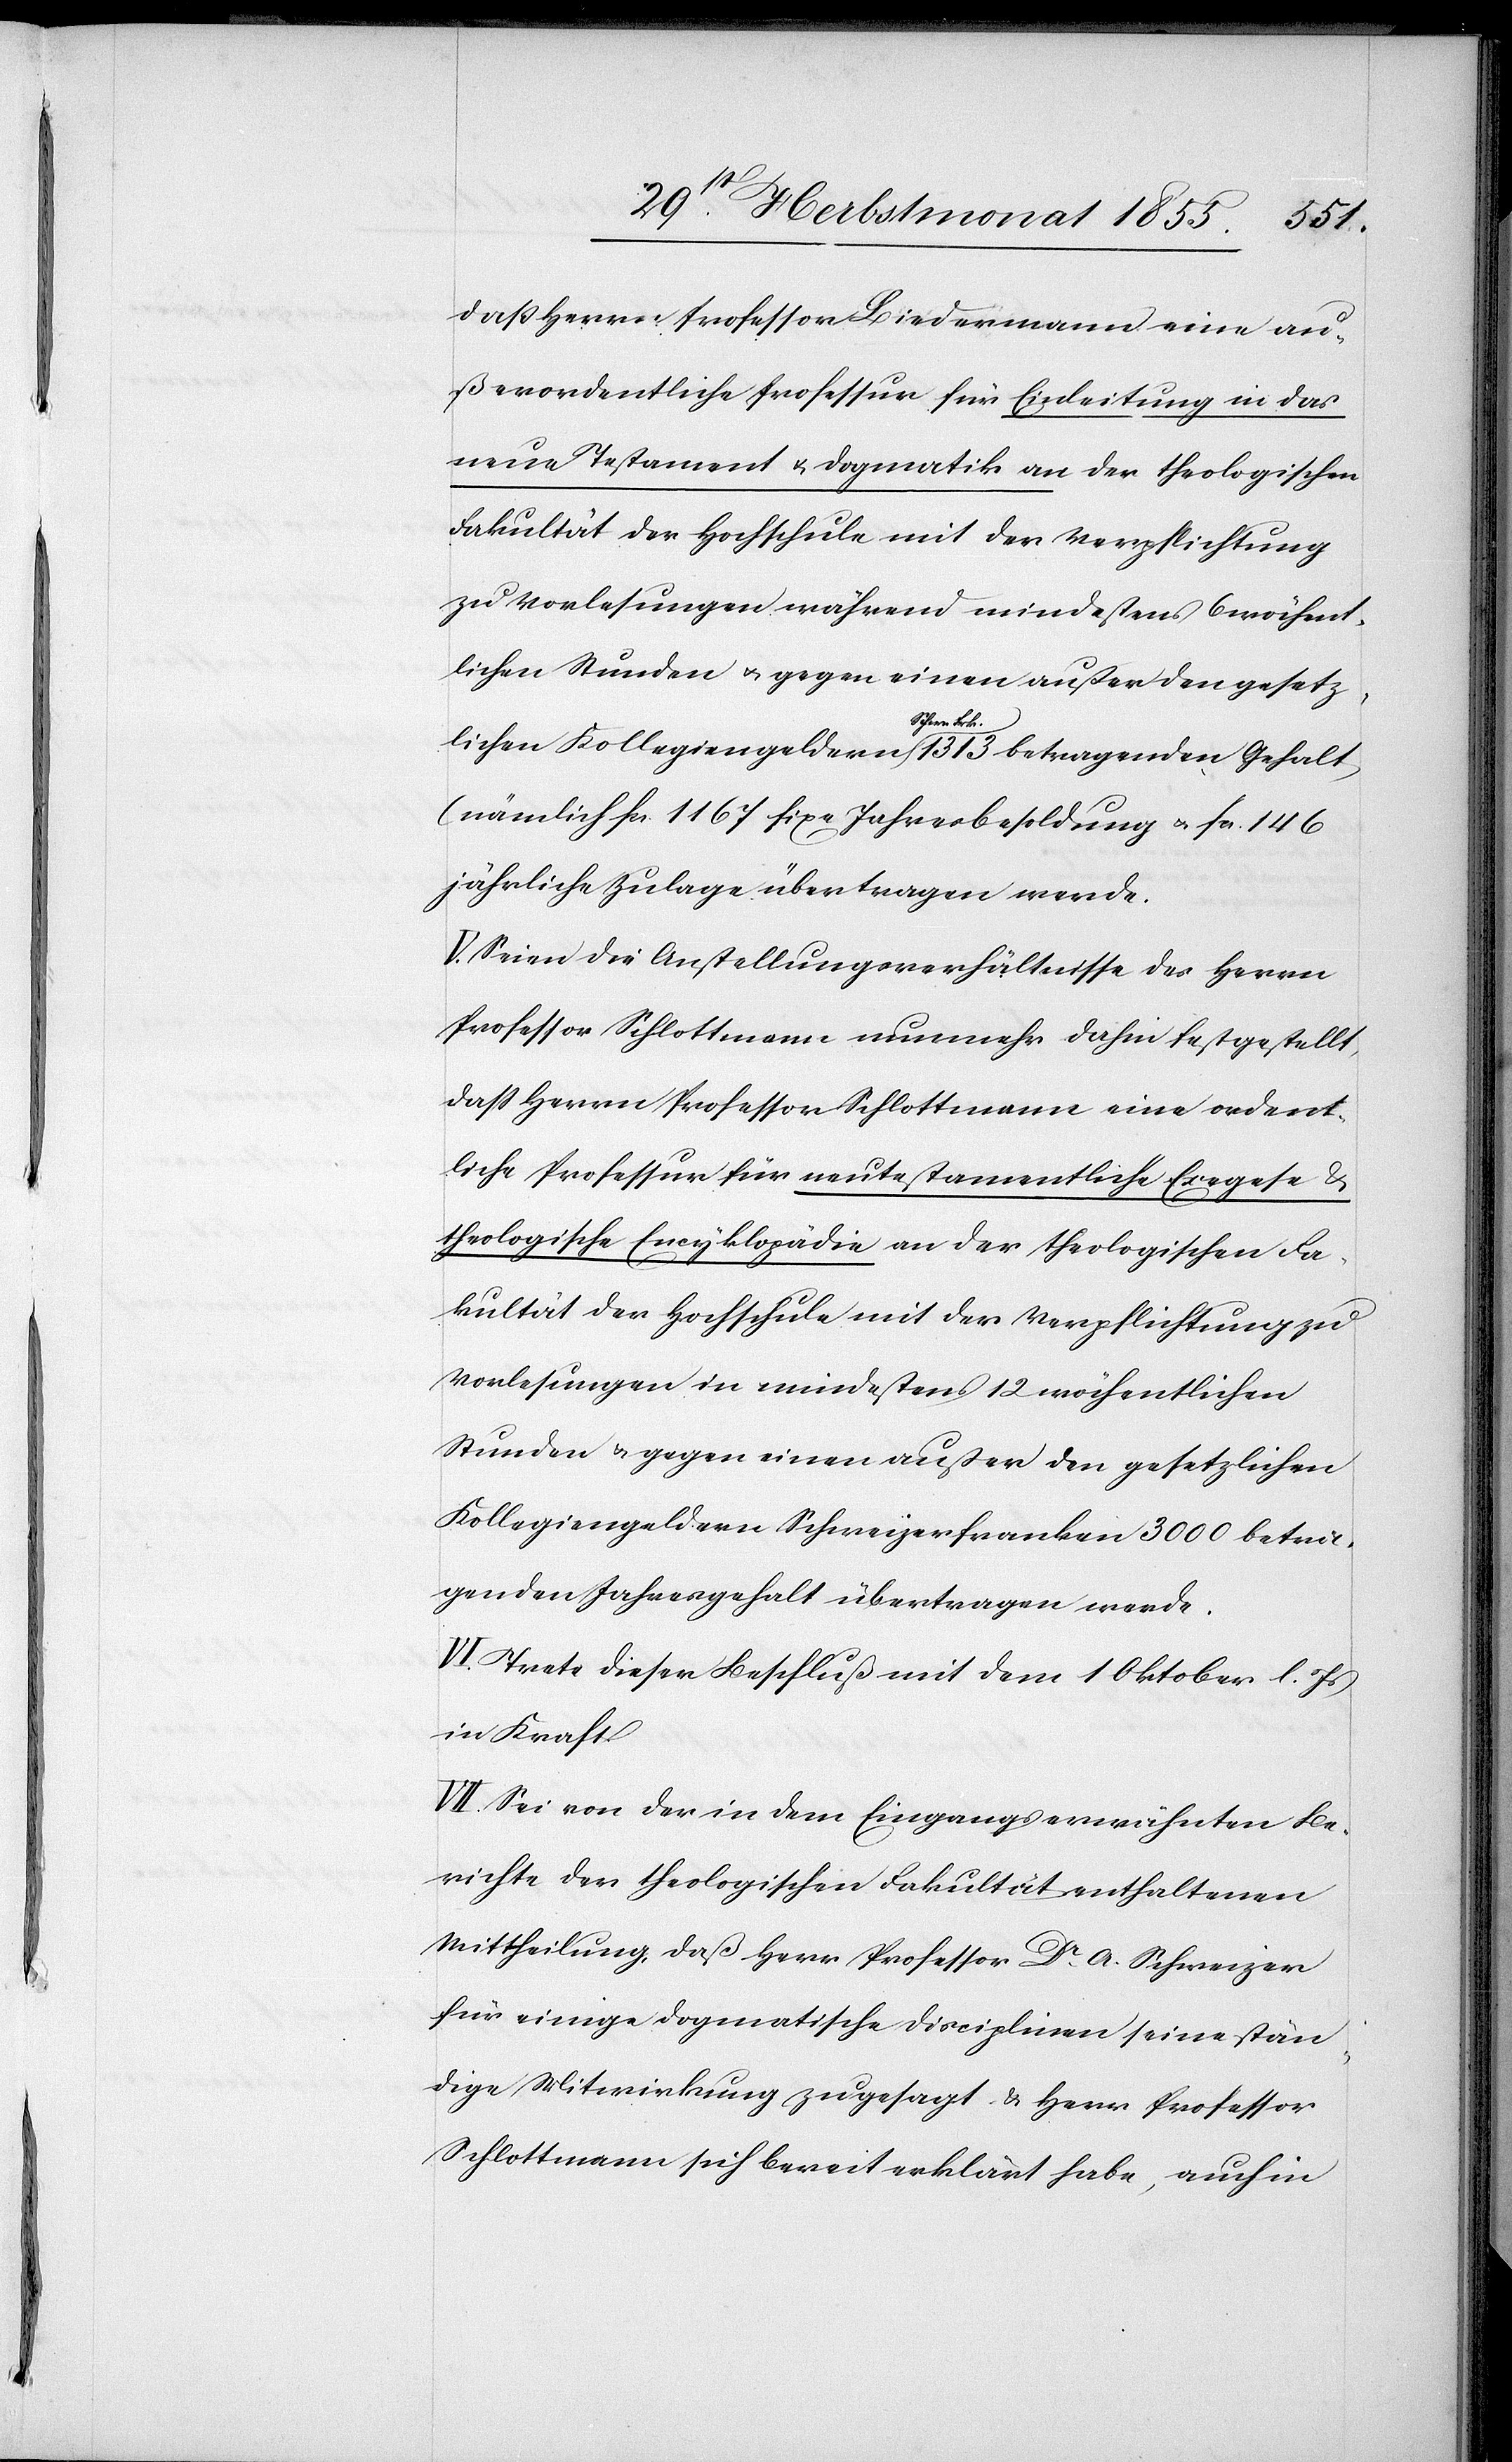
daß Herrn Professor Biedermann eine au¬
ßerordentliche Professur für Einleitung in das
neue Testament & Dogmatik an der theologischen
Fakultät der Hochschule mit der Verpflichtung
zu Vorlesungen während mindestens 6 wöchent¬
lichen Stunden & gegen einen außer den gesetz¬
Gehalt,
(nämlich Fcs. 1167 fixe Jahresbesoldung & Fcs. 146
jährliche Zulage[)] übertragen werde.
V. Seien die Anstellungsverhältnisse des Herrn
Professor Schlottmann nunmehr dahin festgestellt,
dass Herrn Professor Schlottmann eine ordent¬
liche Professur für neutestamentliche Exegese &
theologische Encyklopädie an der theologischen Fa¬
kultät der Hochschule mit der Verpflichtung zu
Vorlesungen in mindestens 12 wöchentlichen
Stunden & gegen einen außer den gesetzlichen
Kollegiengeldern Schweizerfranken 3000 betra¬
genden Jahresgehalt übertragen werde.
VI. Trete dieser Beschluß mit dem 1 Oktober l. Js
in Kraft
VII. Sei von der in dem Eingangs erwähnten Be¬
richte der theologischen Fakultät enthaltenen
Mittheilung, daß Herr Professor Dr. A. Schweizer
für einige dogmatische Disciplinen seine stän¬
dige Mitwirkung zugesagt & Herr Professor
Schlottmann sich bereit erklärt habe, auch in